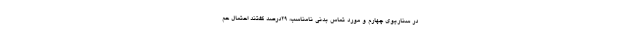
در سناریوی چهارم و مورد تماس بدنی نامناسب، ۲۹درصد گفتند احتمال حم